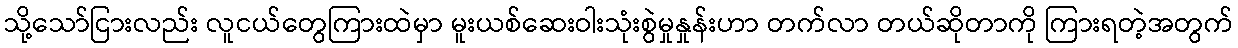
သို့သော်ငြားလည်း လူငယ်တွေကြားထဲမှာ မူးယစ်ဆေးဝါးသုံးစွဲမှုနှုန်းဟာ တက်လာ တယ်ဆိုတာကို ကြားရတဲ့အတွက်